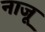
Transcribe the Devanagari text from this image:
नाजू